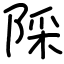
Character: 𨺉